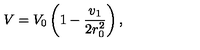
V = V _ { 0 } \left( 1 - { \frac { v _ { 1 } } { 2 r _ { 0 } ^ { 2 } } } \right) ,